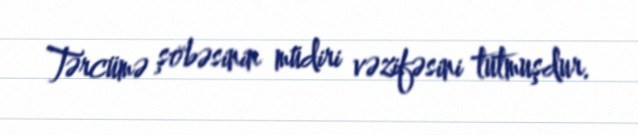
Tərcümə şöbəsinin müdiri vəzifəsini tutmuşdur.